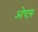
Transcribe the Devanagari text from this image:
ओप्ट्स